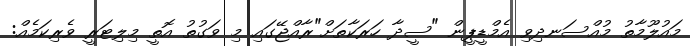
މައުލޫމާތު މުއްސަނދިވި އެމްޑީޕީން "ސީދާ ހަރަކާތަށް"ރާއްޖޭގައި މި ވަގުތު އޮތީ މިލިޓަރީ ވެރިކަމެއް: